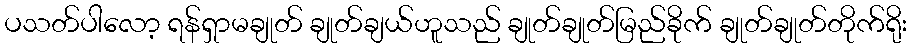
ပသတ်ပါလော့ ရန်ရှာမချုတ် ချုတ်ချယ်ဟူသည် ချုတ်ချုတ်မြည်ခိုက် ချုတ်ချုတ်တိုက်ရိုး